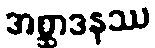
အစ္ဆာဒနဿ